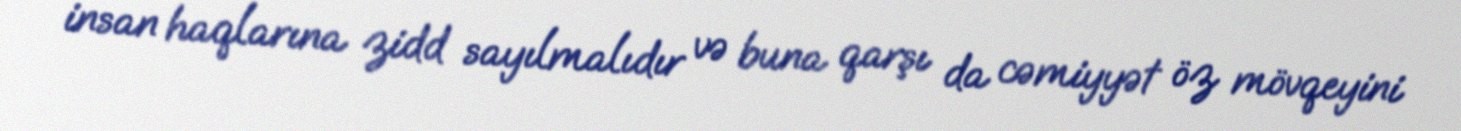
insan haqlarına zidd sayılmalıdır və buna qarşı da cəmiyyət öz mövqeyini